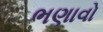
ભણાવો